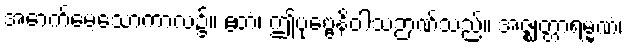
အောက်မေ့သောကာလ၌။ ဧတံ၊ ဤပုဗ္ဗေနိဝါသဉာဏ်သည်။ အဇ္ဈတ္တာရမ္မဏံ၊